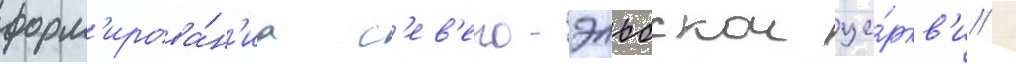
форм'ирова́н'иа с'ев'еро-эльбскои це́ркв'и /